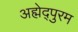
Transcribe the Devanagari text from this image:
अह्मेद्पुरम